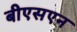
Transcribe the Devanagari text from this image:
बीएसएन